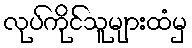
လုပ်ကိုင်သူများထံမှ